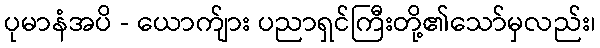
ပုမာနံအပိ - ယောက်ျား ပညာရှင်ကြီးတို့၏သော်မှလည်း၊